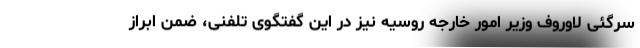
سرگئی لاوروف وزیر امور خارجه روسیه نیز در این گفتگوی تلفنی، ضمن ابراز